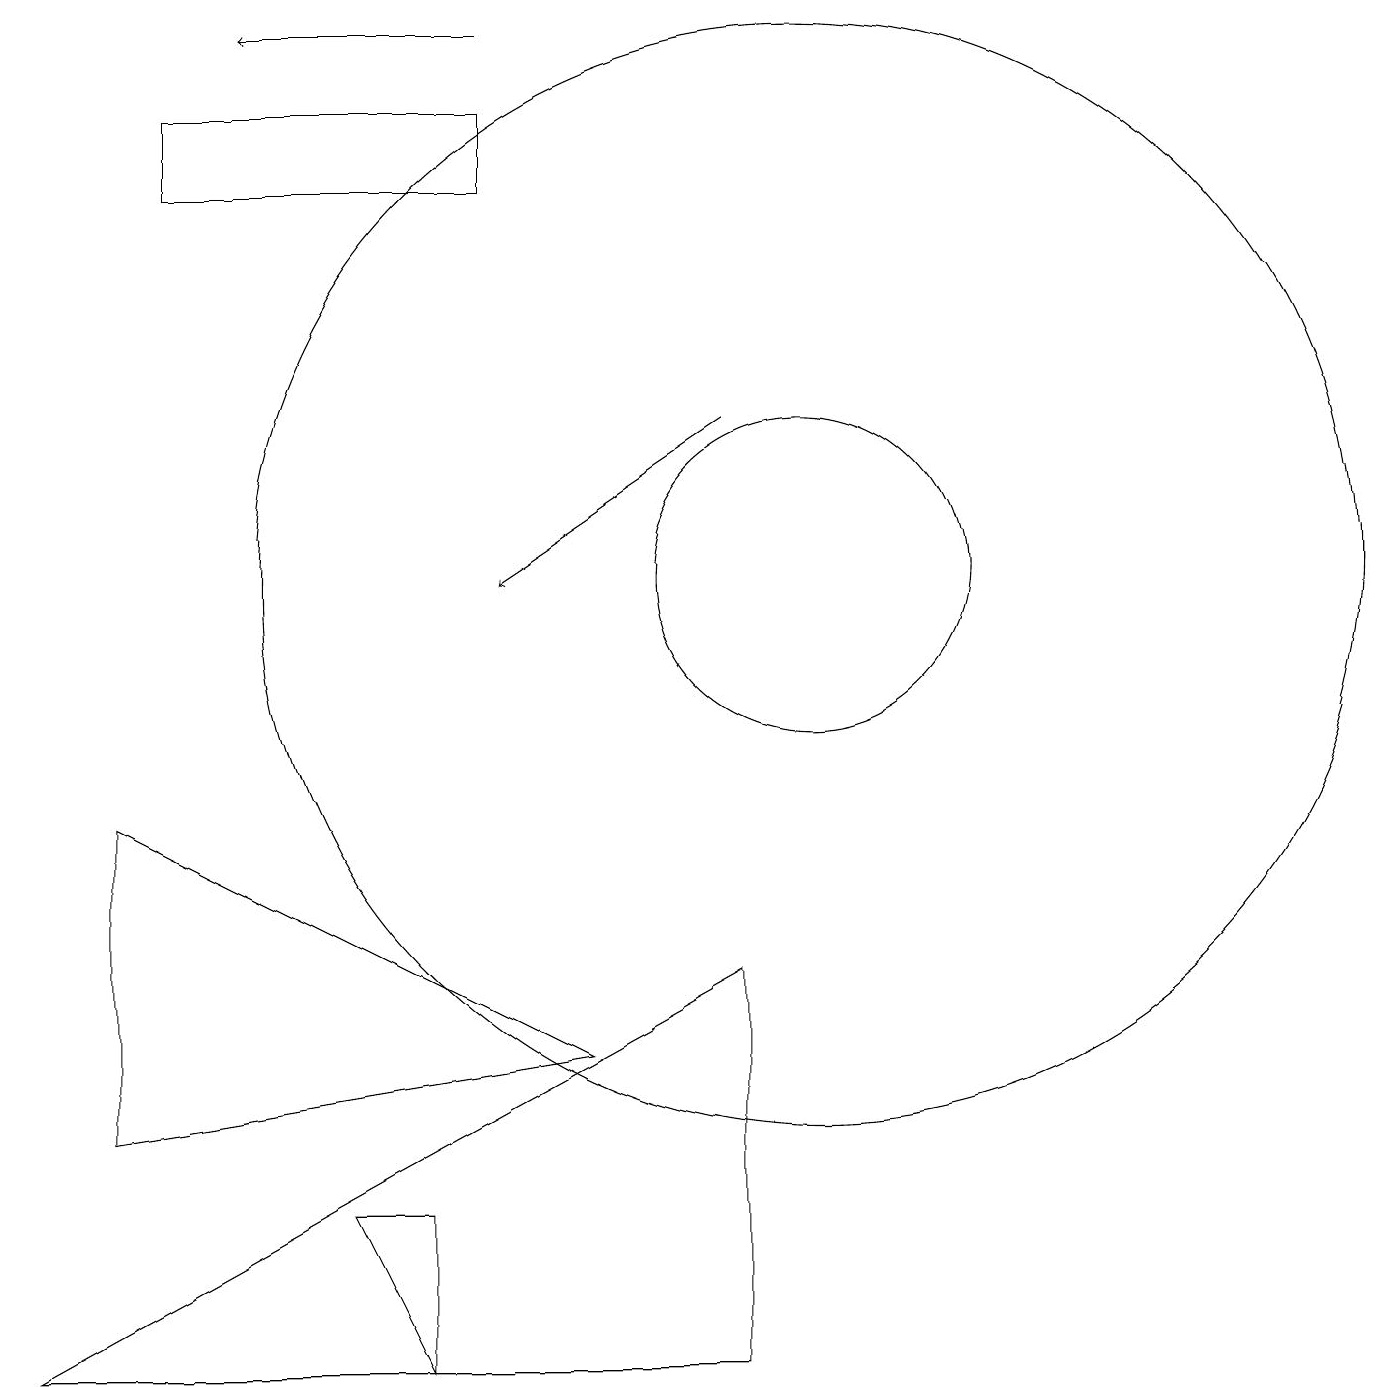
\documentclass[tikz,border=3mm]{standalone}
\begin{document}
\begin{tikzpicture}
\draw (10,11) circle (7);
\draw (6,17) rectangle (2,16);
\draw[->] (9,13) -- (6,11);
\draw (5,1) -- (5,3) -- (4,3) -- cycle;
\draw (1,4) -- (1,8) -- (7,5) -- cycle;
\draw (9,1) -- (9,6) -- (0,1) -- cycle;
\draw[->] (6,18) -- (3,18);
\draw (10,11) circle (2);
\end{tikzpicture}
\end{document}